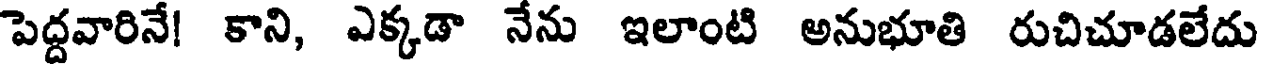
పెద్దవారినే! కాని, ఎక్కడా నేను ఇలాంటి అనుభూతి రుచిచూడలేదు